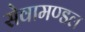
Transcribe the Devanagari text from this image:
सेवामण्डल